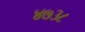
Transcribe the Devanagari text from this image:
४७३८